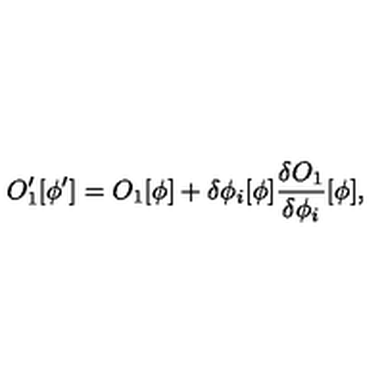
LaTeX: O _ { 1 } ^ { \prime } [ \phi ^ { \prime } ] = O _ { 1 } [ \phi ] + \delta \phi _ { i } [ \phi ] { \frac { \delta O _ { 1 } } { \delta \phi _ { i } } } [ \phi ] ,